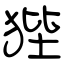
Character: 狴